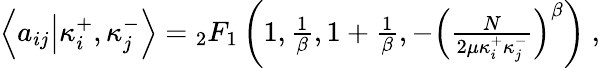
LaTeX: \begin{array}{r}{\left\langle a_{ij}\middle|\kappa_{i}^{+},\kappa_{j}^{-}\right\rangle={}_{2}F_{1}\left(1,\frac{1}{\beta},1+\frac{1}{\beta},-\left(\frac{N}{2\mu\kappa_{i}^{+}\kappa_{j}^{-}}\right)^{\beta}\right)\ ,}\end{array}